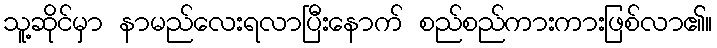
သူ့ဆိုင်မှာ နာမည်လေးရလာပြီးနောက် စည်စည်ကားကားဖြစ်လာ၏။